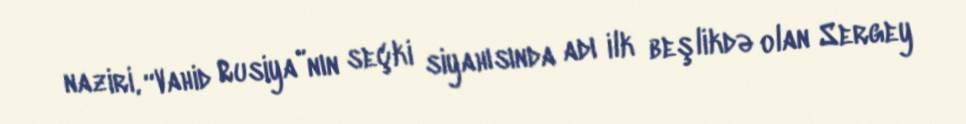
naziri, “Vahid Rusiya”nın seçki siyahısında adı ilk beşlikdə olan Sergey